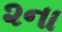
૨ના